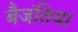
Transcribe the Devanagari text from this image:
बैजंतिया